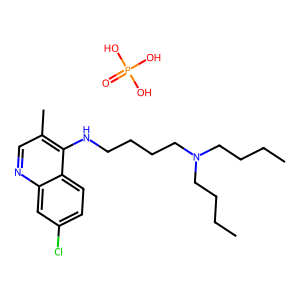
SMILES: CCCCN(CCCC)CCCCNc1c(C)cnc2cc(Cl)ccc12.O=P(O)(O)O
Inhibits HIV replication: No